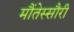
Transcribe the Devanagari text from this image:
मौंतेस्सौरी